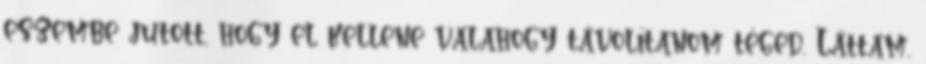
eszembe jutott, hogy el kellene valahogy távolítanom téged. Láttam,